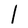
Character: l